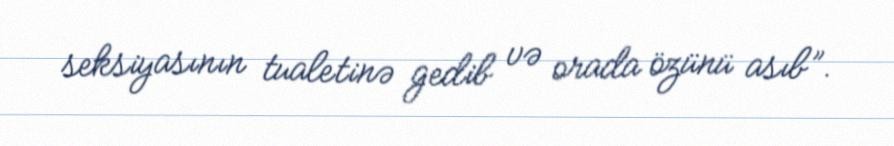
seksiyasının tualetinə gedib və orada özünü asıb”.